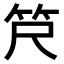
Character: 𫁶